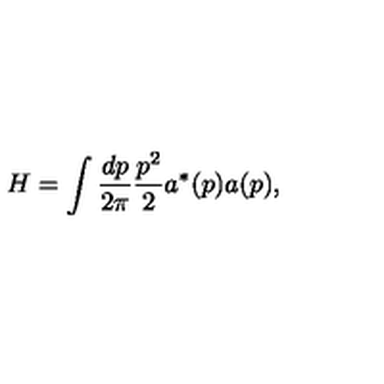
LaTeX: H = \int { \frac { d p } { 2 \pi } } { \frac { p ^ { 2 } } { 2 } } a ^ { * } ( p ) a ( p ) ,